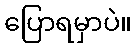
ပြောရမှာပဲ။